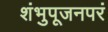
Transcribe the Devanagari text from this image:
शंभुपूजनपरं